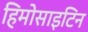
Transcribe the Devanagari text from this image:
हिमोसाइटिन